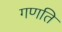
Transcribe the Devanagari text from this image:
गणति